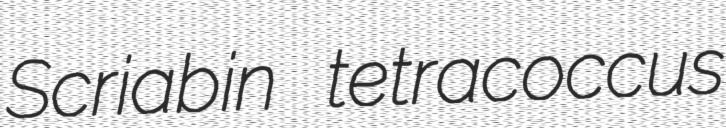
Scriabin tetracoccus